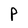
Character: P